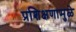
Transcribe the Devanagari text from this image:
प्रशिक्षणामुळे